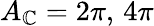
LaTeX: A_{\mathbb{C}}=2\pi,\, 4\pi